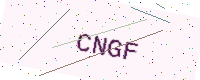
Text: CNGF